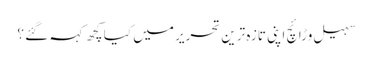
سہیل وڑائچ اپنی تازہ ترین تحریر میں کیا کچھ کہہ گئے ؟